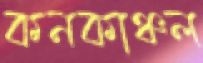
কনকাঞ্চল